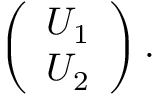
\begin{array} { r } { \left( \begin{array} { c } { U _ { 1 } } \\ { U _ { 2 } } \end{array} \right) . } \end{array}